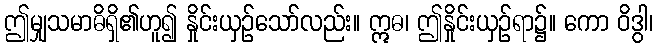
ဤမျှသမာဓိရှိ၏ဟူ၍ နှိုင်းယှဉ်သော်လည်း။ ဣဓ၊ ဤနှိုင်းယှဉ်ရာ၌။ ကော ဝိဒွါ၊